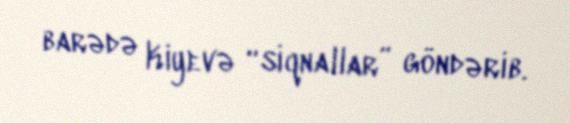
barədə Kiyevə “siqnallar” göndərib.